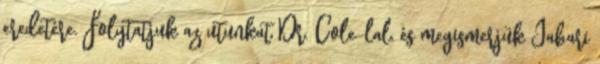
eredetére. Folytatjuk az utunkat Dr. Cole-lal, és megismerjük Jabari